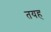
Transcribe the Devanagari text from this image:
तयह